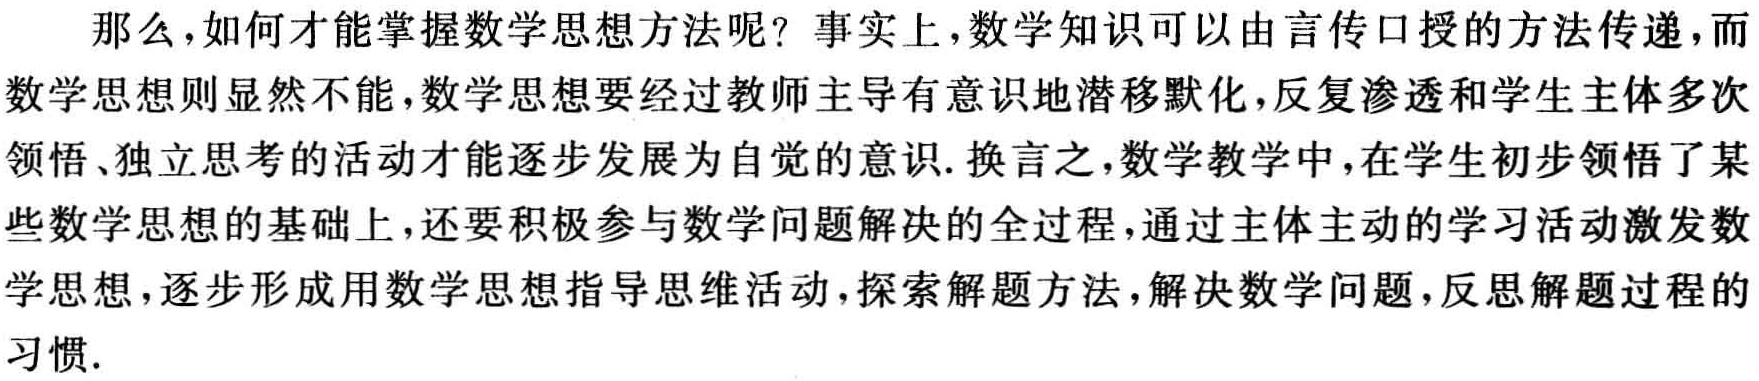
那么，如何才能掌握数学思想方法呢？事实上，数学知识可以由言传口授的方法传递，而数学思想则显然不能，数学思想要经过教师主导有意识地潜移默化，反复渗透和学生主体多次领悟、独立思考的活动才能逐步发展为自觉的意识. 换言之，数学教学中，在学生初步领悟了某些数学思想的基础上，还要积极参与数学问题解决的全过程，通过主体主动的学习活动激发数学思想，逐步形成用数学思想指导思维活动，探索解题方法，解决数学问题，反思解题过程的习惯.